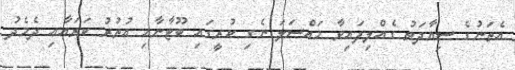
އެތަނުގެ ސިޔާދަތު ގެއްލިފައިވާ މައްސަލަ ނެގި ކުރީގައި ބޫޓާނާއި އުތުރު ކަރައާއި ދެމެދު